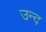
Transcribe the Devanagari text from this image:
उन्द